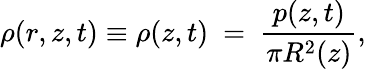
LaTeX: \rho(r,z,t)\equiv\rho(z,t)\ =\ \frac{p(z,t)}{\pi R^{2}(z)},